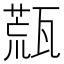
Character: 㼹